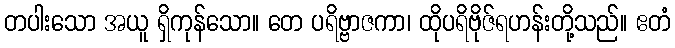
တပါးသော အယူ ရှိကုန်သော။ တေ ပရိဗ္ဗာဇကာ၊ ထိုပရိဗိုဇ်ရဟန်းတို့သည်။ ဧတံ